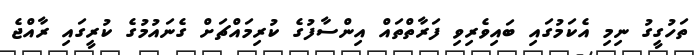
ތަހުގީގު ނިމި އެކަމުގައި ބައިވެރިވި ފަރާތްތައް އިންސާފުގެ ކުރިމައްޗަށް ގެނައުމުގެ ކުރީގައި ރާއްޖެ